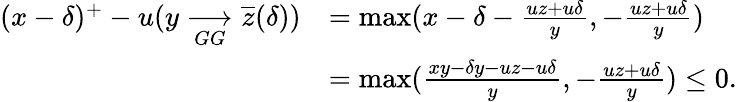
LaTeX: \begin{array}{rl}{(x-\delta)^{+}-u(y\underset{GG}{\longrightarrow}\overline{z}(\delta))}&{=\operatorname*{max}(x-\delta-\frac{uz+u\delta}{y},-\frac{uz+u\delta}{y})}\\ &{=\operatorname*{max}(\frac{xy-\delta y-uz-u\delta}{y},-\frac{uz+u\delta}{y})\leq 0.}\end{array}